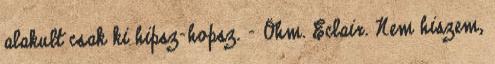
alakult csak ki hipsz-hopsz. - Öhm. Eclair. Nem hiszem,